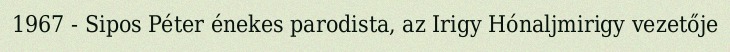
1967 - Sipos Péter énekes parodista, az Irigy Hónaljmirigy vezetője